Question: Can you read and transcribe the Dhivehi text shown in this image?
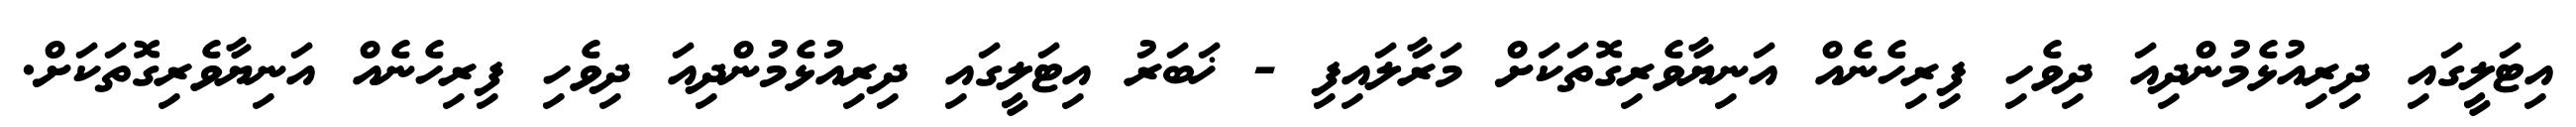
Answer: އިޓަލީގައި ދިރިއުޅެމުންދިއަ ދިވެހި ފިރިހެނެއް އަނިޔާވެރިގޮތަކަށް މަރާލައިފި - ޚަބަރު އިޓަލީގައި ދިރިއުޅެމުންދިއަ ދިވެހި ފިރިހެނެއް އަނިޔާވެރިގޮތަކަށް.